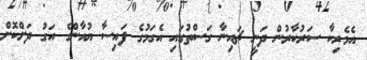
އެމެރިކާ ސަރުކާރުން ދަނީ ޗައިނާ ގަސްތުގައި އެގަމުގެ ފައިސާ ޔުއާންގެ އަގު ދަށްކޮށް